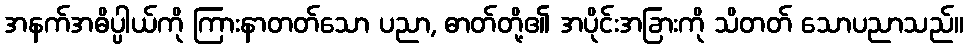
အနက်အဓိပ္ပါယ်ကို ကြားနာတတ်သော ပညာ, ဓာတ်တို့၏ အပိုင်းအခြားကို သိတတ် သောပညာသည်။